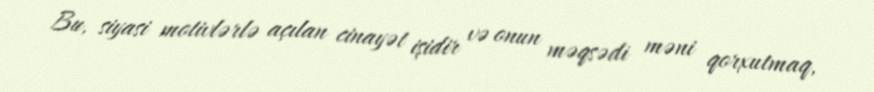
Bu, siyasi motivlərlə açılan cinayət işidir və onun məqsədi məni qorxutmaq,